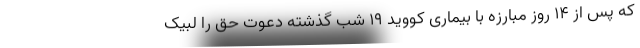
که پس از ۱۴ روز مبارزه با بیماری کووید ۱۹ شب گذشته دعوت حق را لبیک